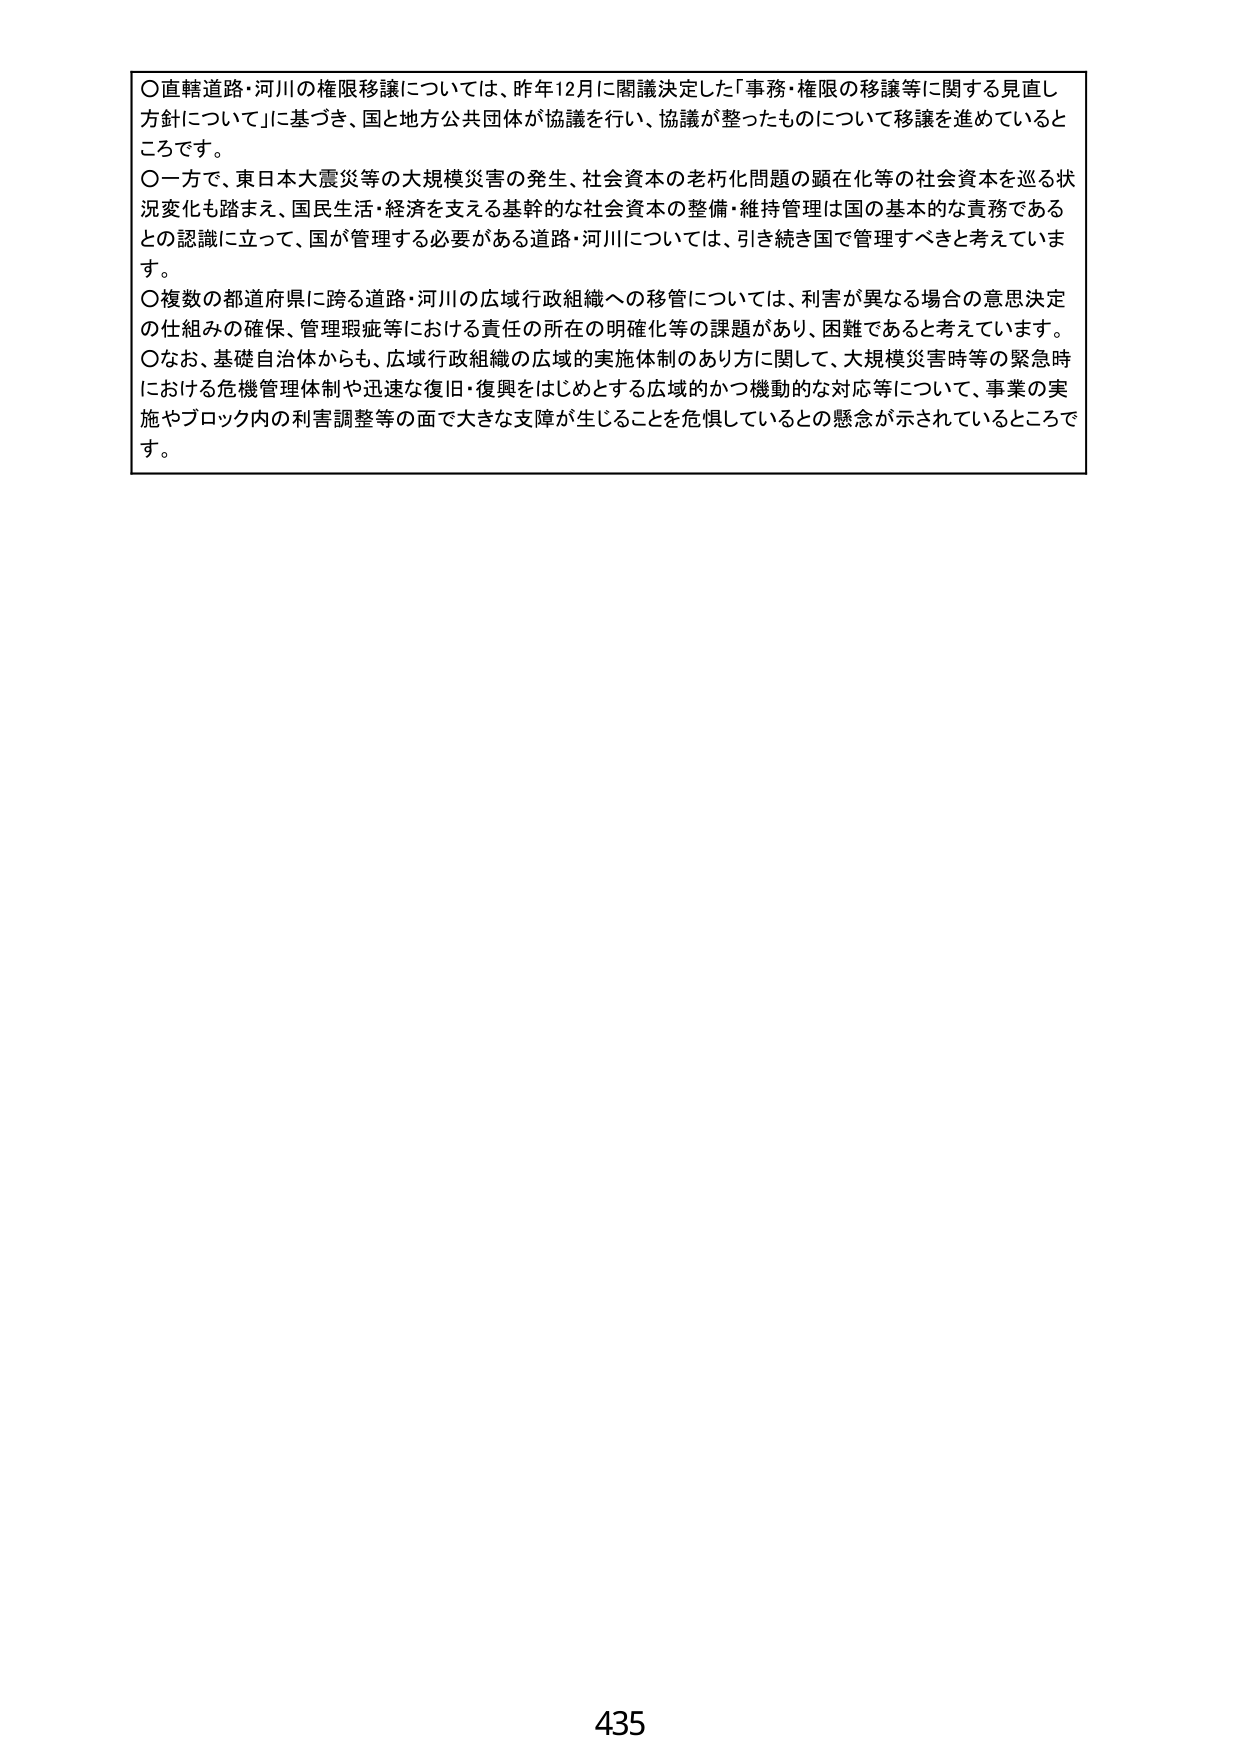
○直轄道路・河川の権限移譲については、昨年12月に閣議決定した「事務・権限の移譲等に関する見直し方針について」に基づき、国と地方公共団体が協議を行い、協議が整ったものについて移譲を進めているところです。

○一方で、東日本大震災等の大規模災害の発生、社会資本の老朽化問題の顕在化等の社会資本を巡る状況変化も踏まえ、国民生活・経済を支える基幹的な社会資本の整備・維持管理は国の基本的な責務であるとの認識に立って、国が管理する必要がある道路・河川については、引き続き国で管理すべきと考えています。

○複数の都道府県に跨る道路・河川の広域行政組織への移管については、利害が異なる場合の意思決定の仕組みの確保、管理瑕疵等における責任の所在の明確化等の課題があり、困難であると考えています。

○なお、基礎自治体からも、広域行政組織の広域的実施体制のあり方に関して、大規模災害時等の緊急時における危機管理体制や迅速な復旧・復興をはじめとする広域的かつ機動的な対応等について、事業の実施やブロック内の利害調整等の面で大きな支障が生じることを危惧しているとの懸念が示されているところです。

435